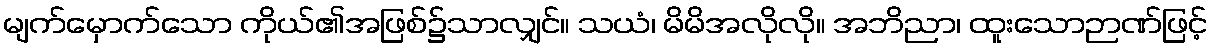
မျက်မှောက်သော ကိုယ်၏အဖြစ်၌သာလျှင်။ သယံ၊ မိမိအလိုလို။ အဘိညာ၊ ထူးသောဉာဏ်ဖြင့်